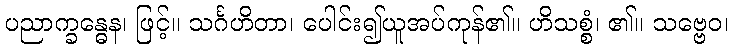
ပညာက္ခန္ဓေန၊ ဖြင့်။ သင်္ဂဟိတာ၊ ပေါင်း၍ယူအပ်ကုန်၏။ ဟိသစ္စံ၊ ၏။ သဗ္ဗေဝ၊